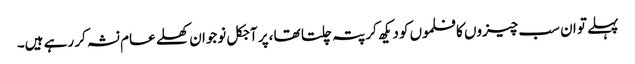
پہلے تو ان سب چیزوں کا فلموں کو دیکھ کر پتہ چلتا تھا ،پر آجکل نوجوان کھلے عام نشہ کر رہے ہیں۔